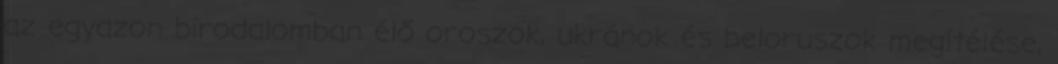
az egyazon birodalomban élő oroszok, ukránok és beloruszok megítélése,